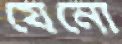
যেনো